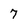
Character: 7